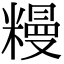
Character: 䊡